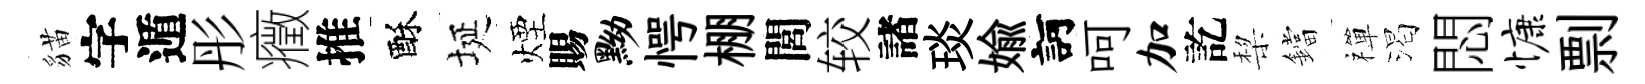
貓字遁彤癥推酥埏煙賜黝愕棚閭较諸琰媮訶呵加訖棃鐺禪渴悶慷剽